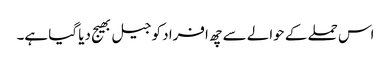
اس حملے کے حوالے سے چھ افراد کو جیل بھیج دیا گیا ہے۔